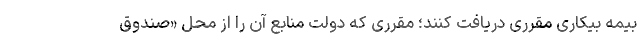
بیمه بیکاری مقرری دریافت کنند؛ مقرری که دولت منابع آن را از محل «صندوق